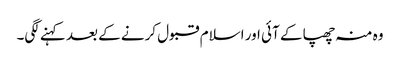
وہ منہ چھپا کے آئی اور اسلام قبول کرنے کے بعد کہنے لگی۔